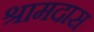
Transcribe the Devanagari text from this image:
श्रामदास